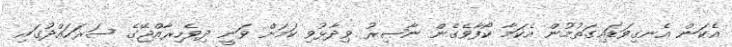
އެކަން އެނގިވަޑައިގަތުމުން އެކަމާ ކޯފާވެގެން ނާޞިރު ވިދާޅުވި ކަމަށް ވަނީ ދިވެހިރާއްޖޭގެ ސަރަހައްދުގައި